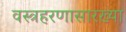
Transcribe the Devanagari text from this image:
वस्त्रहरणासारख्या